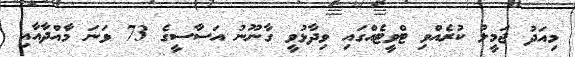
މިއަދު ޖަމީލު ކުރެއްވި ޓްވީޓެއްގައި ވިދާޅުވީ ގާނޫނު އަސާސީގެ 73 ވަނަ މާއްދާއާއި